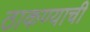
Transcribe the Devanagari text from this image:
ठाकण्याची